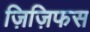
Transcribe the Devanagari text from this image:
ज़िज़िफस